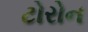
ટોરોન